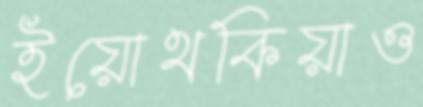
ইয়োথকিয়াও